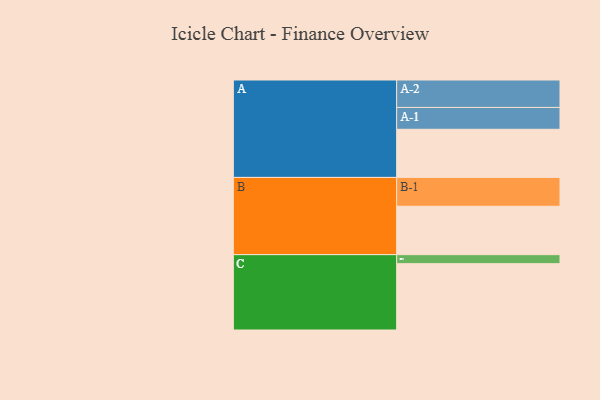
{"axis": {"x": "Segment", "y": "Value"}, "legend": ["", "A", "B", "C"], "data": [{"x": "A", "y": 379, "type": ""}, {"x": "B", "y": 381, "type": ""}, {"x": "C", "y": 522, "type": ""}, {"x": "A-1", "y": 172, "type": "A"}, {"x": "A-2", "y": 216, "type": "A"}, {"x": "B-1", "y": 227, "type": "B"}, {"x": "C-1", "y": 71, "type": "C"}]}